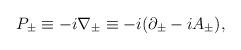
LaTeX: \begin{align*}P_{\pm }\equiv -i\nabla _{\pm }\equiv -i(\partial _{\pm }-iA_{\pm }),\end{align*}